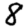
Digit: 8